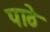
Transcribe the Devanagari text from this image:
पाठे